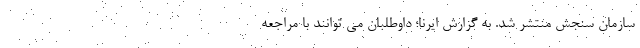
سازمان سنجش منتشر شد. به گزارش ایرنا؛ داوطلبان می توانند با مراجعه